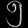
Digit: ၅